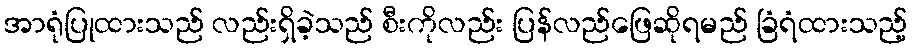
အာရုံပြုထားသည် လည်းရှိခဲ့သည် စီးကိုလည်း ပြန်လည်ဖြေဆိုရမည် ခြံရံထားသည့်